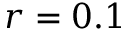
r = 0 . 1